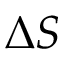
\Delta S